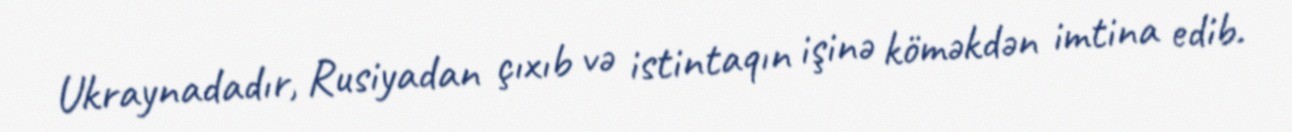
Ukraynadadır, Rusiyadan çıxıb və istintaqın işinə köməkdən imtina edib.